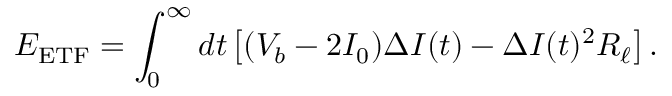
E _ { \mathrm { E T F } } = \int _ { 0 } ^ { \infty } \mathop { d t } \left[ ( V _ { b } - 2 I _ { 0 } ) \Delta I ( t ) - \Delta I ( t ) ^ { 2 } R _ { \ell } \right] .